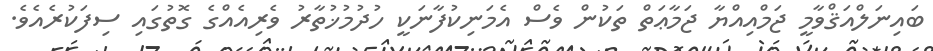
ބައިނަލްއަޤްވާމީ ޖަމްއިއްޔާ ޖަމާޢަތް ތަކުން ވެސް އެމަނިކުފާނަކީ ހުދުމުޚުތާރު ވެރިއެއްގެ ގޮތުގައި ސިފަކުރެއެވެ.